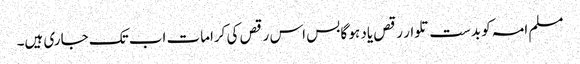
مسلم امہ کو بدست تلوار رقص یاد ہو گا بس اس رقص کی کرامات اب تک جاری ہیں۔